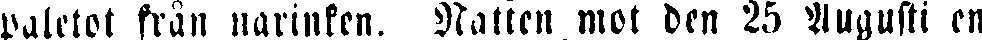
paletot från narinken. Natten mot den 25 Augusti en